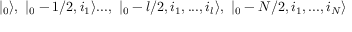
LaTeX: | \l _ { 0 } \rangle , \ | \l _ { 0 } - 1 / 2 , i _ { 1 } \rangle . . . , \ | \l _ { 0 } - l / 2 , i _ { 1 } , . . . , i _ { l } \rangle , \ | \l _ { 0 } - N / 2 , i _ { 1 } , . . . , i _ { N } \rangle